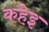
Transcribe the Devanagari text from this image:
कहेइ